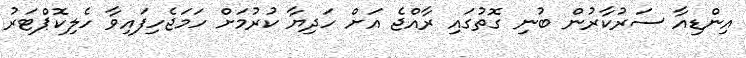
އިންޑިއާ ސަރުކާރުން ބުނި ގޮތުގައި ރާއްޖެ އަށް ހަދިޔާ ކުރުމަށް ހަމަޖެހިފައިވާ ހެލިކޮޕްޓަރު